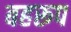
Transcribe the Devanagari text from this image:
बहरूप